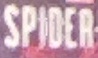
SPIDER